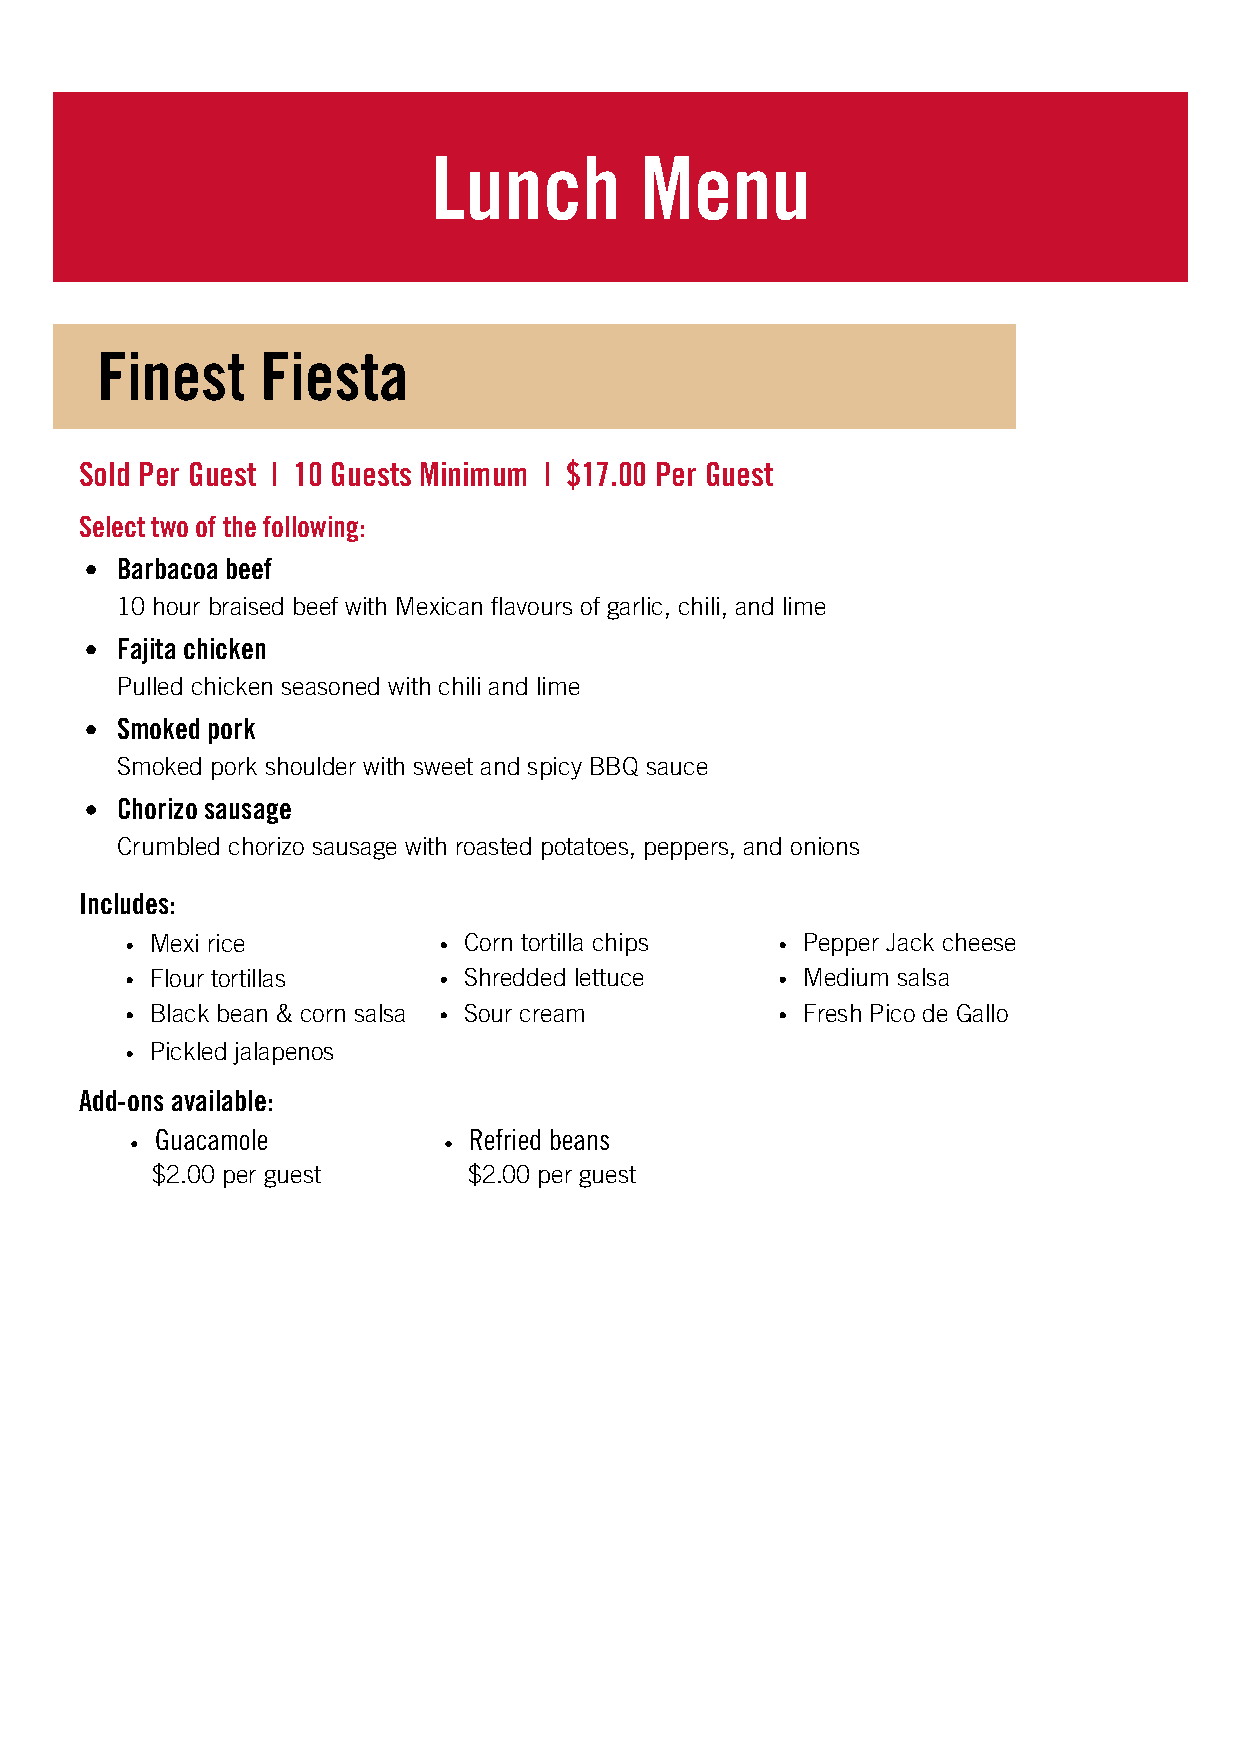
Lunch        Menu
 Finest     Fiesta
 Sold Per Guest | 10 Guests Minimum | $17.00 Per Guest
 Select two of the following:
 Barbacoa beef
 10 hour braised beef with Mexican flavours of garlic, chili, and lime
 Fajita chicken
 Pulled chicken seasoned with chili and lime
 Smoked pork
 Smoked pork shoulder with sweet and spicy BBQ sauce
 Chorizo sausage
 Crumbled chorizo sausage with roasted potatoes, peppers, and onions
 Includes:
 Mexi rice            Corn tortilla chips   Pepper Jack cheese
 Flour tortillas      Shredded lettuce      Medium salsa
 Black bean & corn salsa Sour cream         Fresh Pico de Gallo
 Pickled jalapenos
 Add-ons available:
 Guacamole            Refried beans
 $2.00 per guest      $2.00 per guest